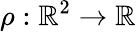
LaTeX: \rho:\mathbb{R}^{2}\to\mathbb{R}